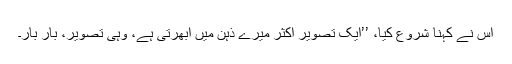
اس نے کہنا شروع کیا، ’’ایک تصویر اکثر میرے ذہن میں ابھرتی ہے، وہی تصویر، بار بار۔